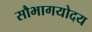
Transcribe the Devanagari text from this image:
सौभागयोदय